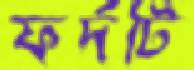
ফর্দটি